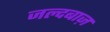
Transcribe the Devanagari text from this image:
जल्दबाज़